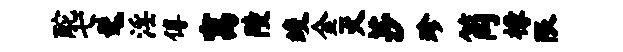
酡七髦淫傅寓陵竣金灭莎珍筒椽限